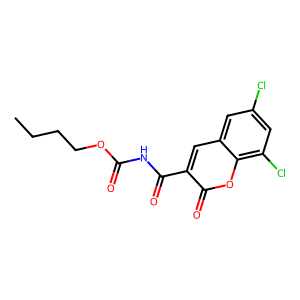
SMILES: CCCCOC(=O)NC(=O)c1cc2cc(Cl)cc(Cl)c2oc1=O
Inhibits HIV replication: No